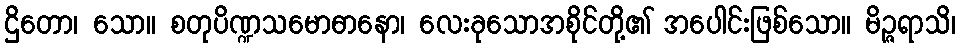
ဌိတော၊ သော။ စတုပိဏ္ဍသမောဓာနော၊ လေးခုသောအစိုင်တို့၏ အပေါင်းဖြစ်သော။ မိဉ္ဇရာသိ၊